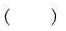
（ ）